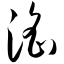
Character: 淫